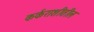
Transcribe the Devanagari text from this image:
कर्कराशीतील